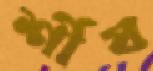
র্শীষ